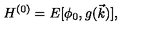
H ^ { ( 0 ) } = E [ \phi _ { 0 } , g ( \vec { k } ) ] ,